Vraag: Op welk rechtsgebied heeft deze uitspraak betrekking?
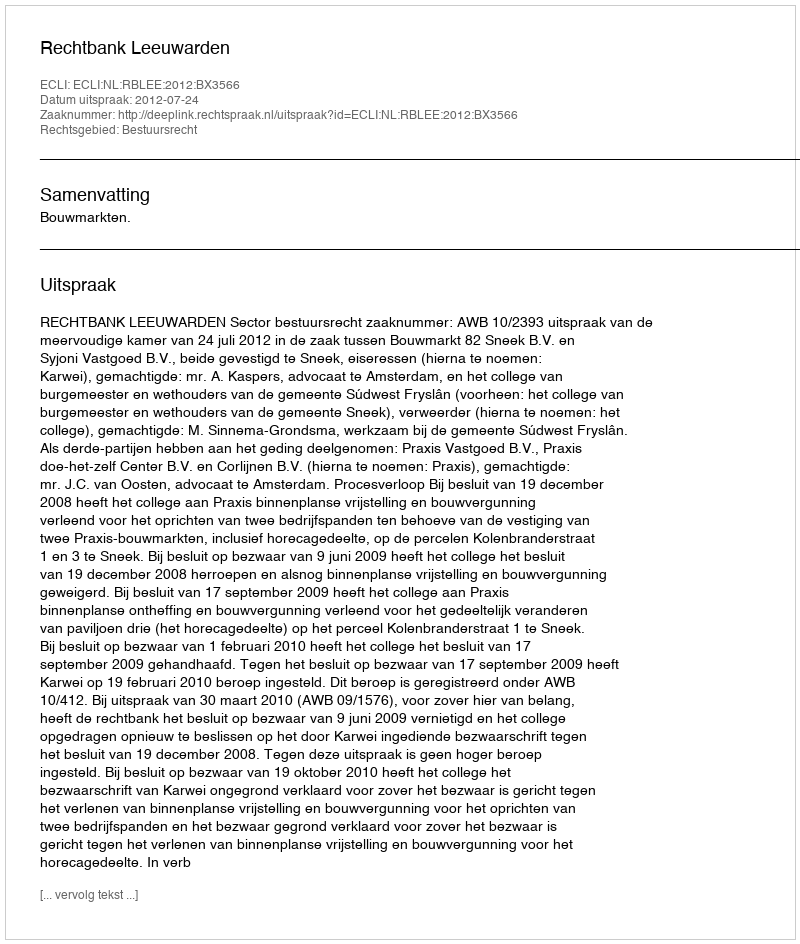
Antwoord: Bestuursrecht